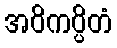
အဝိကပ္ပိတံ